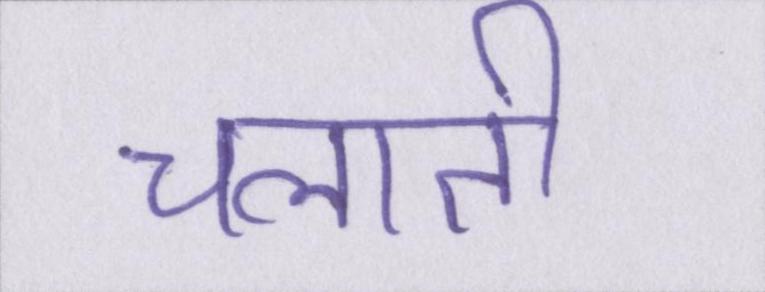
चलाती